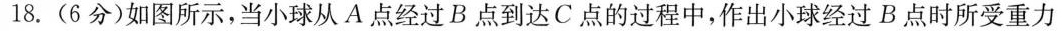
18.(6分)如图所示，当小球从A点经过B点到达C点的过程中，作出小球经过B点时所受重力